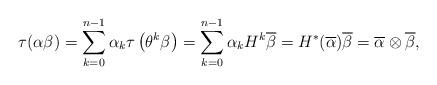
LaTeX: \begin{align*}\tau(\alpha \beta)=\sum_{k=0}^{n-1} \alpha_{k} \tau\left(\theta^{k} \beta\right)=\sum_{k=0}^{n-1} \alpha_{k} H^{k} \overline{\beta}=H^{*} ( \overline{\alpha}) \overline{\beta}=\overline{\alpha}\otimes \overline{\beta},\end{align*}